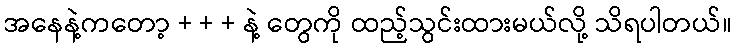
အနေနဲ့ကတော့ + + + နဲ့ တွေကို ထည့်သွင်းထားမယ်လို့ သိရပါတယ်။